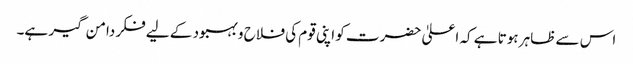
اس سے ظاہر ہوتا ہے کہ اعلیٰ حضرت کو اپنی قوم کی فلاح و بہبود کے لیے فکر دامن گیر ہے۔